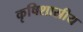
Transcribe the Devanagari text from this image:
कृषिशास्रीय